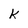
Character: k